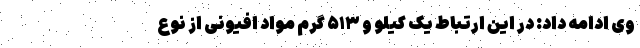
وی ادامه داد: در این ارتباط یک کیلو و ۵۱۳ گرم مواد افیونی از نوع